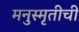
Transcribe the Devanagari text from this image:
मनुस्मृतीची